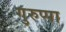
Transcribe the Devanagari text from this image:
गुरुप्पा